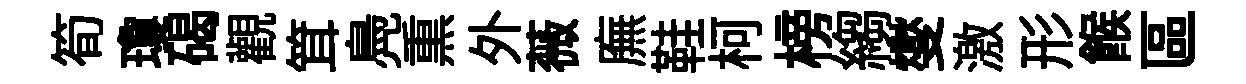
筍瓊碣觀䇯鳧𤋱外薇廡鞋柯榜縐燮激形餱區